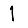
Digit: 1